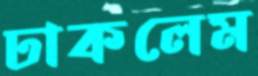
ঢাকলেম